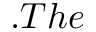
. T h e